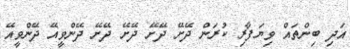
އަދި ބިންތައް ވިޔަފާރި ކުރަން ދޭށޭ ދޭށޭ ދޭށޭ ދޭށޭ ދޭންވީއޭ ދޭންވީއޭ